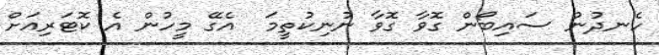
ހެނދުނު ސައިބޯން ގޮވާ ގޮވާ ނުނިކުތީމަ  އެގޭ މީހުން އެ ކޮޓަރިއަށް